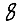
Digit: 8